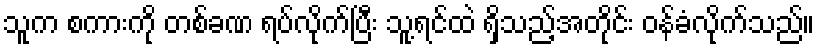
သူက စကားကို တစ်ခဏ ရပ်လိုက်ပြီး သူ့ရင်ထဲ ရှိသည့်အတိုင်း ဝန်ခံလိုက်သည်။